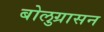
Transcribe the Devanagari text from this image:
बोलुग्रासन